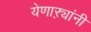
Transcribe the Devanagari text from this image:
येणाऱ्यांनी